V__Kingissepa_nim__kolhoos, lk 24
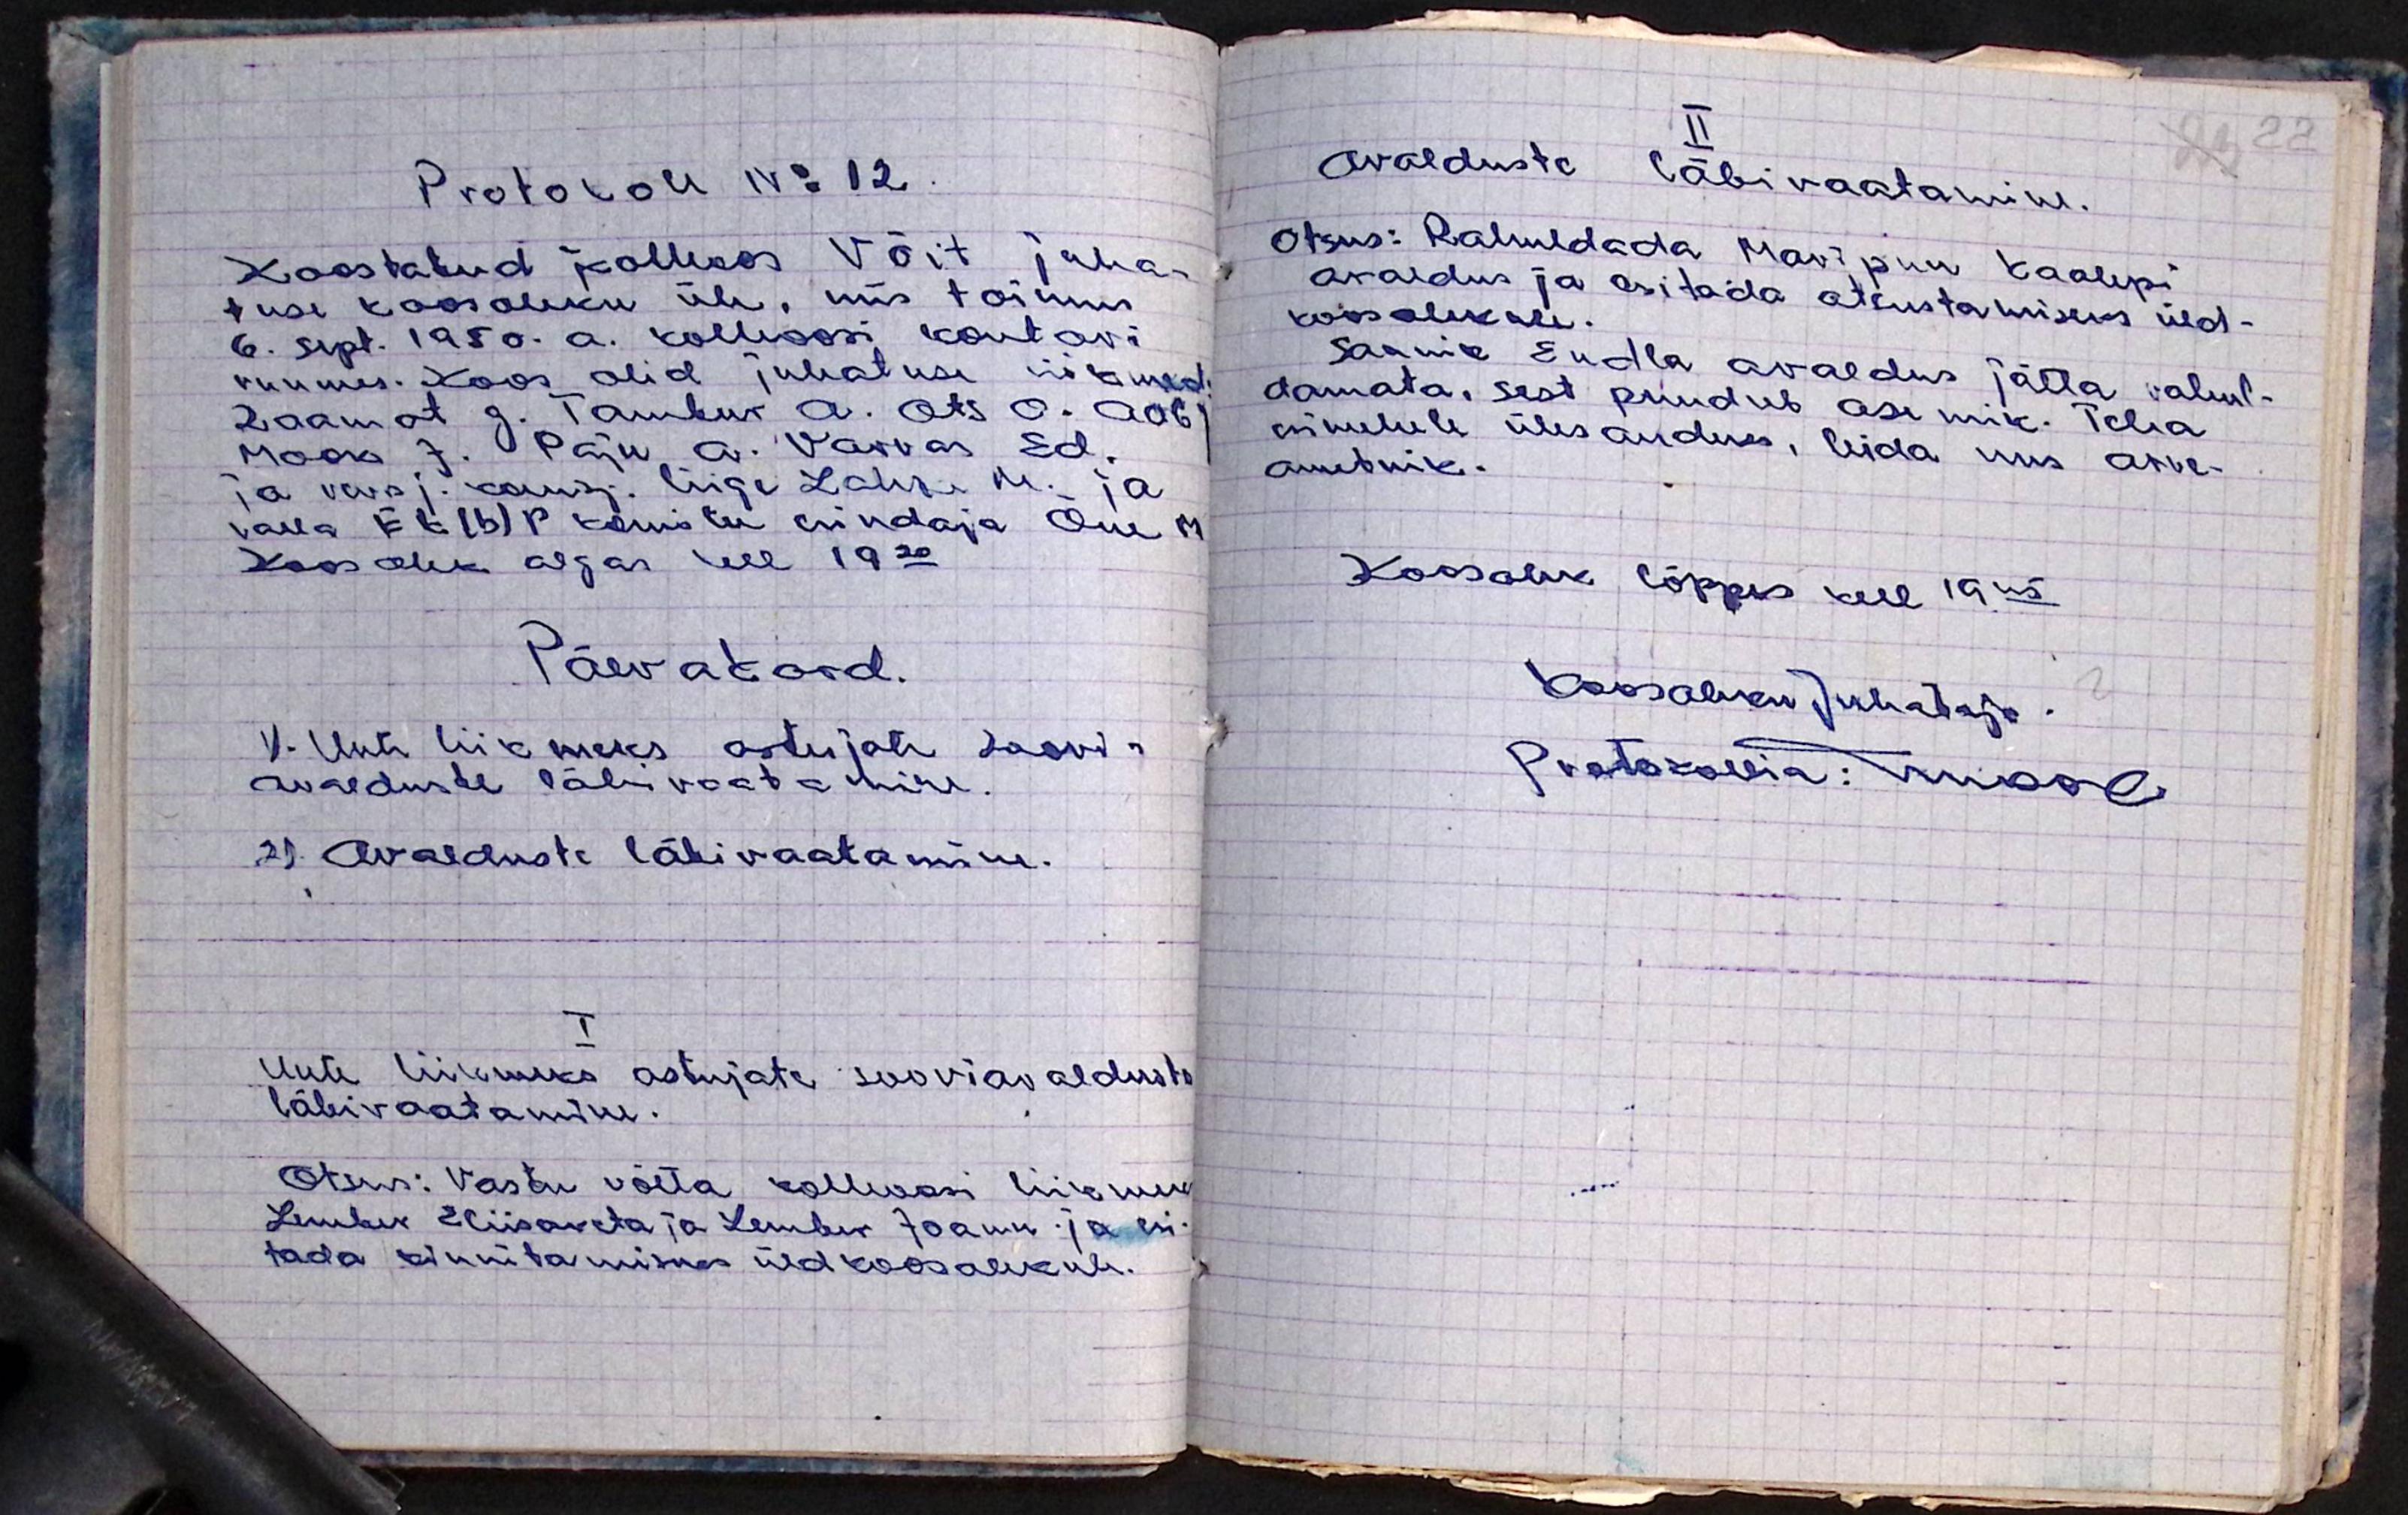
Protokoll No 12
Koostatud kolhoos Võit juha-
tuse koosoleku üle, mis toimus
6. sept. 1950. a. kolhoosi kontori
ruumes. Koos olid juhatuse liikmed:
Raamat G. Tambur A. Ots O. Aab J
Mook J. Paju A. Varvas Ed.
ja revisj. komisj. liige Lahke M. ja
valla EK(b)P komitee esindaja Õue M.
Koosolek algas kell 19.20
Päevakord.
1). Uute liikmeks astujate soovi-
avalduste läbivaatamine.
2). Avalduste läbivaatamine.
I
Uute liikmeks astujate sooviavalduste
läbivaatamine.
Otsus: Vastu võtta kolhoosi liikmeks,
Lember Eliisaveta ja Lember Joann ja esi-
tada kinnitamiseks üldkoosolekule.

II
Avalduste läbivaatamine.
Otsus: Rahuldada Maripuu Kaalepi
avaldus ja esitada otsustamiseks üld-
koosolekule.
Saunik Endla avaldus jätta rahul-
damata, sest puudub asemik. Teha
esimehele ülesandeks, leida uus arve-
ametnik.
Koosolek lõppes kell 19.45
Koosoleku juhataja.
Protokollia: moose